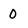
Character: 0